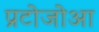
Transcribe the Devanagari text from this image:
प्रटोजोआ